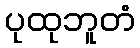
ပုထုဘူတံ